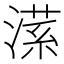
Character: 𣼒